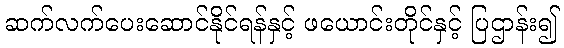
ဆက်လက်ပေးဆောင်နိုင်ရန်နှင့် ဖယောင်းတိုင်နှင့် ပြဌာန်း၍